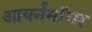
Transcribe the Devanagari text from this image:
आयर्नमॉँगर